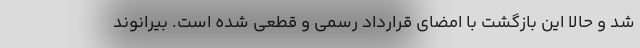
شد و حالا این بازگشت با امضای قرارداد رسمی و قطعی شده است. بیرانوند